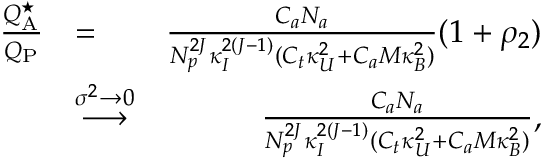
\begin{array} { r l r } { \frac { { Q } _ { \mathrm { A } } ^ { \star } } { Q _ { \mathrm { P } } } } & { = } & { \frac { C _ { a } N _ { a } } { N _ { p } ^ { 2 J } \kappa _ { I } ^ { 2 ( J - 1 ) } ( C _ { t } \kappa _ { U } ^ { 2 } + C _ { a } M \kappa _ { B } ^ { 2 } ) } ( 1 + \rho _ { 2 } ) } \\ & { \overset { \sigma ^ { 2 } \rightarrow 0 } { \longrightarrow } } & { \frac { C _ { a } N _ { a } } { N _ { p } ^ { 2 J } \kappa _ { I } ^ { 2 ( J - 1 ) } ( C _ { t } \kappa _ { U } ^ { 2 } + C _ { a } M \kappa _ { B } ^ { 2 } ) } , } \end{array}